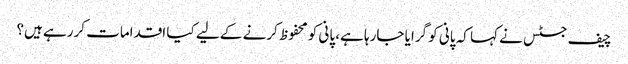
چیف جسٹس نے کہا کہ پانی کو گرایا جارہا ہے، پانی کو محفوظ کرنے کے لیے کیا اقدامات کررہے ہیں؟